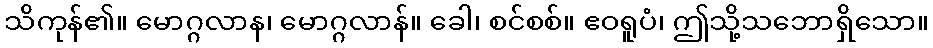
သိကုန်၏။ မောဂ္ဂလာန၊ မောဂ္ဂလာန်။ ခေါ၊ စင်စစ်။ ဧဝရူပံ၊ ဤသို့သဘောရှိသော။